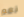
نعم